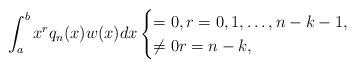
LaTeX: \begin{align*}\int_{a}^{b} x^r q_n(x)w(x)dx \begin{cases}= 0, r=0,1,\ldots, n-k-1, \\\neq 0 r =n-k,\end{cases}\end{align*}